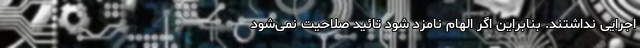
اجرایی نداشتند. بنابراین اگر الهام نامزد شود تائید صلاحیت نمی‌شود